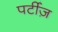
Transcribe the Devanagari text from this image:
पर्टीज़